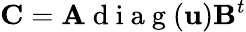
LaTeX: \mathbf{C}=\mathbf{A}\mathrm{~d~i~a~g~}(\mathbf{u})\mathbf{B}^{t}